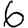
Digit: 6